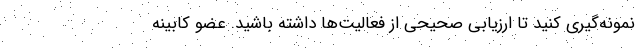
نمونه‌گیری کنید تا ارزیابی صحیحی از فعالیت‌ها داشته باشید. عضو کابینه